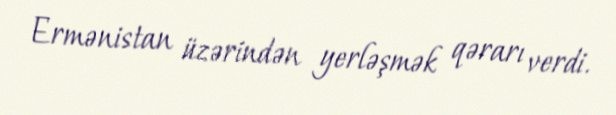
Ermənistan üzərindən yerləşmək qərarı verdi.